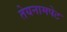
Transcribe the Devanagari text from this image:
तेयनामपेट